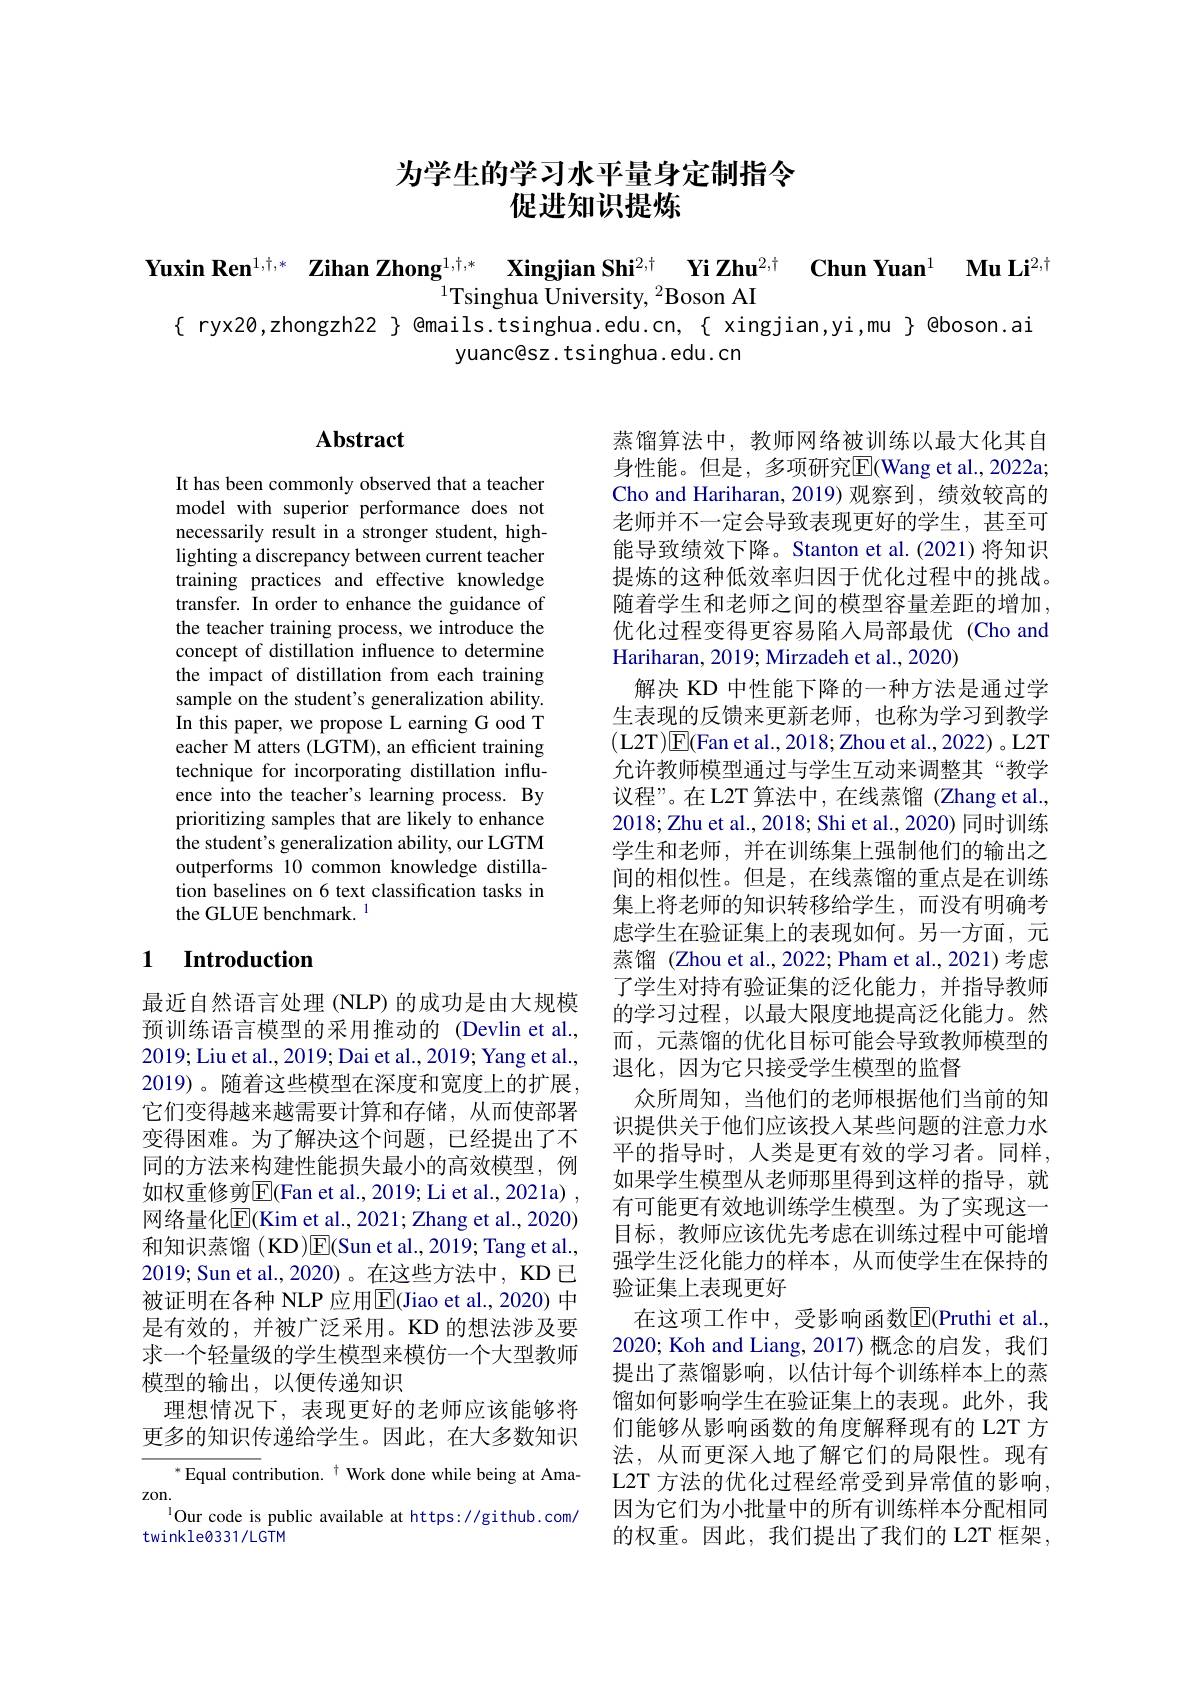
# 为学生的学习水平量身定制指令促进知识提炼

Yuxin Ren$^{1,\dagger,*}$ Zihan Zhong$_1,\dagger,*\textbf{Xingjian Shi}^{2,\dagger}\textbf{Yi Zhu}^{2,\dagger}\textbf{Chu}^{2,\dagger}\textbf{ Chun Yuan}^{1}\textbf{ Mu Li}^{2,\dagger}$
$\{$ ryx20,zhongzh22 $\}$ @mails.tsinghua.edu.cn,{ xingjian,yi,mu{ }@boson.ai
yuanc@sz. tsinghua. edu. cn

## $\mathbf{Abstract}$

It has been commonly observed that a teacher model with superior performance does not necessarily result in a stronger student, highlighting a discrepancy between current teacher training practices and effective knowledge transfer. In order to enhance the guidance of the teacher training process, we introduce the concept of distillation influence to determine the impact of distillation from each training sample on the student's generalization ability. In this paper, we propose L earning G ood T eacher M atters (LGTM), an efficient training technique for incorporating distillation influence into the teacher's learning process. By prioritizing samples that are likely to enhance the student's generalization ability, our LGTM outperforms 10 common knowledge distillation baselines on 6 text classification tasks in the GLUE benchmark. $^{1}$

### 1 $\textbf{Introduction}$

最近自然语言处理 (NLP) 的成功是由大规模预训练语言模型的采用推动的 (Devlin et al., 2019; Liu et al., 2019; Dai et al., 2019; Yang et al., 2019)。随着这些模型在深度和宽度上的扩展， 它们变得越来越需要计算和存储，从而使部署变得困难。为了解决这个问题，已经提出了不同的方法来构建性能损失最小的高效模型，例如权重修剪$\overline{\mathrm{E}}($Fan et al., 2019; Li et al., 2021a) , 网络量化$\overline{\mathrm{E}}($Kim et al., 2021; Zhang et al., 2020) 和知识蒸馏 ( KD)E(Sun et al., 2019; Tang et al., 2019; Sun et al.,2020)。在这些方法中，KD 已被证明在各种 NLP 应用$\overline{\mathbb{E}}$(Jiao et al., 2020) 中是有效的，并被广泛采用。KD 的想法涉及要求一个轻量级的学生模型来模仿一个大型教师模型的输出，以便传递知识
理想情况下，表现更好的老师应该能够将更多的知识传递给学生。因此，在大多数知识

$^{*}$Equal contribution.$^\dagger$Work done while being at Ama-
$z0n.$
$^{1}$Our code is public available at https://github.com/
twinkle0331/LGTM

蒸馏算法中，教师网络被训练以最大化其自身性能。但是，多项研究$\overline{\mathrm{E}}($Wang et al.,2022a; Cho and Hariharan, 2019) 观察到，绩效较高的老师并不一定会导致表现更好的学生，甚至可能导致绩效下降。Stanton et al.(2021)将知识提炼的这种低效率归因于优化过程中的挑战。随着学生和老师之间的模型容量差距的增加， 优化过程变得更容易陷入局部最优 (Cho and Hariharan, 2019; Mirzadeh et al., 2020)
解决 KD 中性能下降的一种方法是通过学生表现的反馈来更新老师，也称为学习到教学允许教师模型通过与学生互动来调整其“教学议程”。在L2T 算法中，在线蒸馏 (Zhang et al., 2018;Zhu et al., 2018; Shi et al., 2020) 同时训练学生和老师，并在训练集上强制他们的输出之间的相似性。但是，在线蒸馏的重点是在训练集上将老师的知识转移给学生，而没有明确考虑学生在验证集上的表现如何。另一方面，元蒸馏 (Zhou et al., 2022; Pham et al., 2021)考虑了学生对持有验证集的泛化能力，并指导教师的学习过程，以最大限度地提高泛化能力。然而，元蒸馏的优化目标可能会导致教师模型的退化，因为它只接受学生模型的监督
众所周知，当他们的老师根据他们当前的知识提供关于他们应该投入某些问题的注意力水平的指导时，人类是更有效的学习者。同样， 如果学生模型从老师那里得到这样的指导，就有可能更有效地训练学生模型。为了实现这一目标，教师应该优先考虑在训练过程中可能增强学生泛化能力的样本，从而使学生在保持的验证集上表现更好
在这项工作中，受影响函数$\overline{\mathrm{E}}($Pruthi et al., 2020; Koh and Liang, 2017) 概念的启发，我们提出了蒸馏影响，以估计每个训练样本上的蒸馏如何影响学生在验证集上的表现。此外，我们能够从影响函数的角度解释现有的 L2T 方法，从而更深人地了解它们的局限性。现有L2T 方法的优化过程经常受到异常值的影响， 因为它们为小批量中的所有训练样本分配相同的权重。因此，我们提出了我们的 L2T 框架，